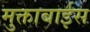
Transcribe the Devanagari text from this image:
मुक्ताबाईस